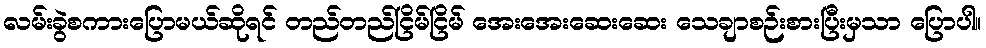
လမ်းခွဲစကားပြောမယ်ဆိုရင် တည်တည်ငြိမ်ငြိမ် အေးအေးဆေးဆေး သေချာစဉ်းစားပြီးမှသာ ပြောပါ။